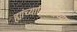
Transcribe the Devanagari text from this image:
ह्यांच्याविषयीच्या